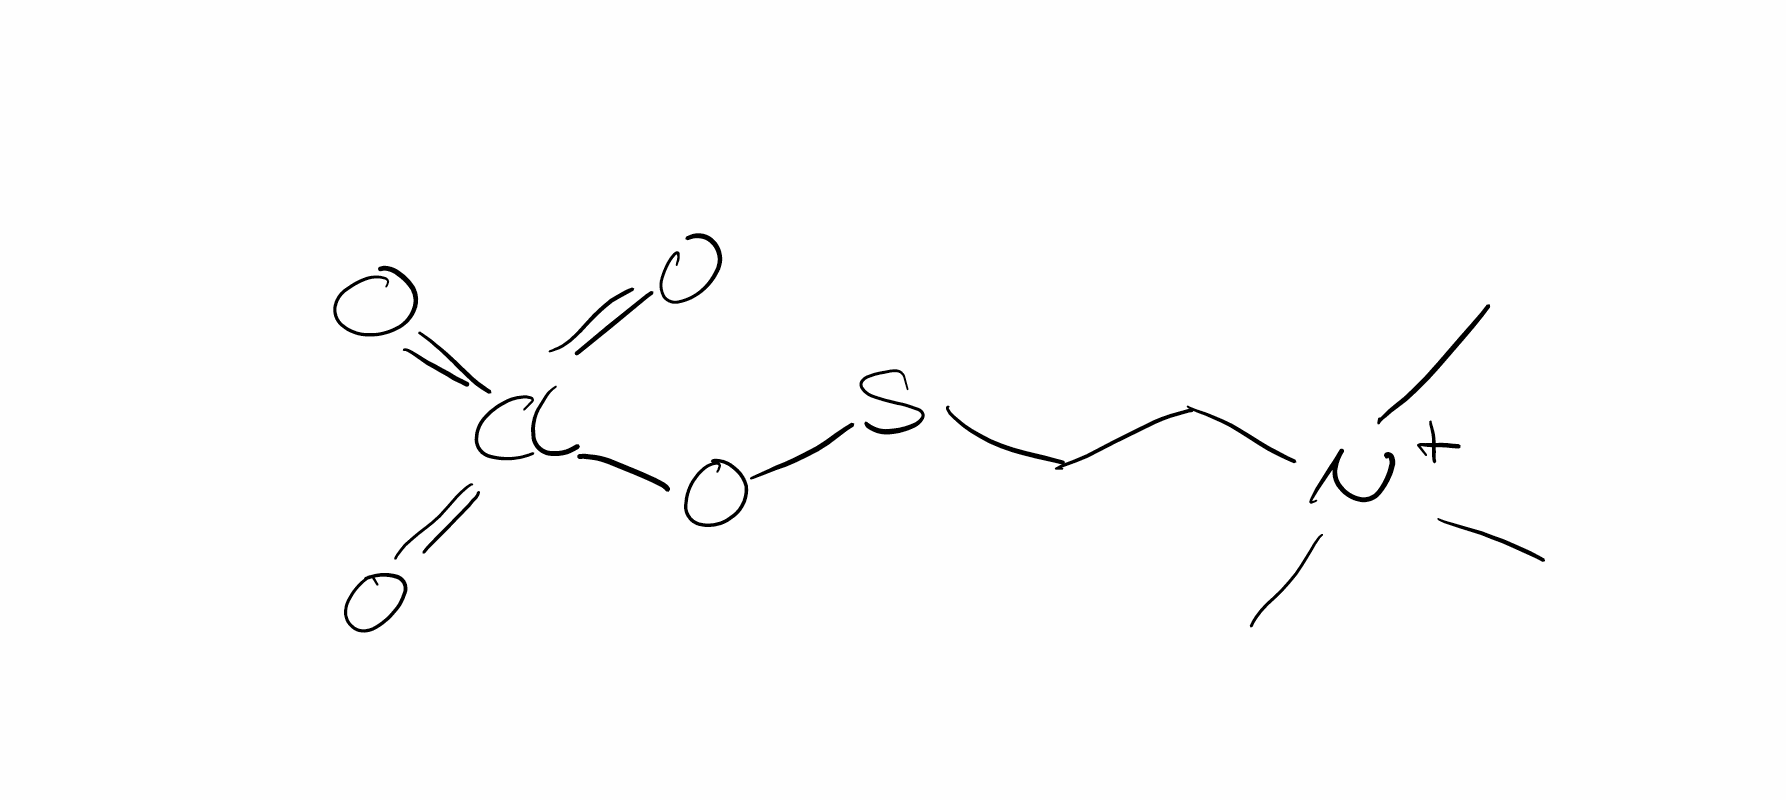
Simplified molecular-input line-entry system (SMILES) notation of the given molecule:
C[N+](C)(C)CCSOCl(=O)(=O)=O